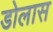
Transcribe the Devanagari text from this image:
डोलास